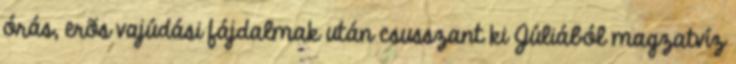
órás, erõs vajúdási fájdalmak után csusszant ki Júliából magzatvíz